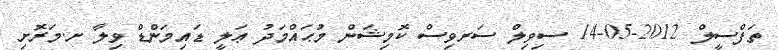
ތަފްސީލް 2012-05-14 ސިވިލް ސަރވިސް ކޮމިޝަން މުޙައްމަދު ޢަލީ ޑައިމަންޑް ވިލާ ށ.މަރޮށި